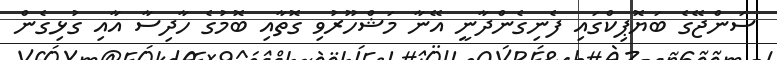
ސަންޖޭގެ ބަޔޮޕިކްގައި ފެނިގެންދާނީ އޭނާ މަޝްހޫރުވި ގޮތާއި ބޮމުގެ ހާދިސާ އާއި ގުޅިގެން